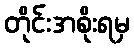
တိုင်းအစိုးရမှ